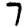
Digit: 7